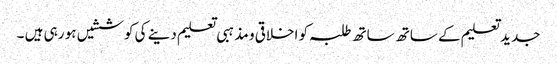
جدید تعلیم کے ساتھ ساتھ طلبہ کو اخلاقی و مذہبی تعلیم دینے کی کوششیں ہو رہی ہیں ۔